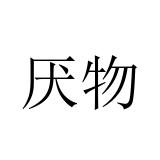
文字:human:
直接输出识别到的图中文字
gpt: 厌物